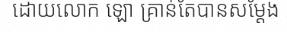
ដោយលោក ឡោ គ្រាន់តែបានសម្តែង